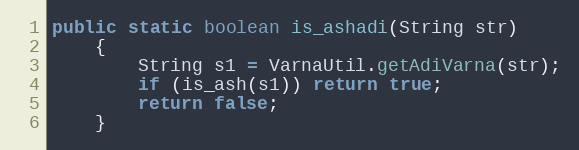
Language: Java
public static boolean is_ashadi(String str)
    {
        String s1 = VarnaUtil.getAdiVarna(str);
        if (is_ash(s1)) return true;
        return false;
    }